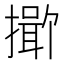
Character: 𪮯